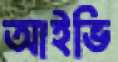
আইভি